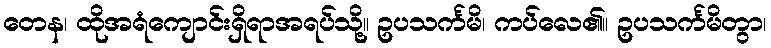
တေန၊ ထိုအရံကျောင်းရှိရာအရပ်သို့။ ဥပသင်္ကမိ၊ ကပ်လေ၏။ ဥပသင်္ကမိတွာ၊